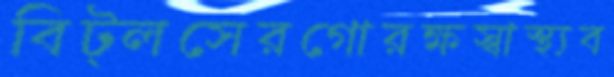
বিট্লসেরগোরক্ষস্বাস্থ্যব